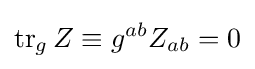
\operatorname {tr} _{g}Z\equiv g^{ab}Z_{ab}=0